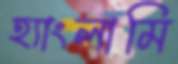
হ্যাংলামি